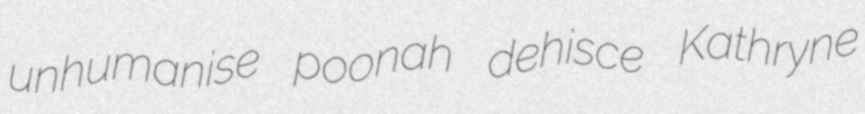
unhumanise poonah dehisce Kathryne